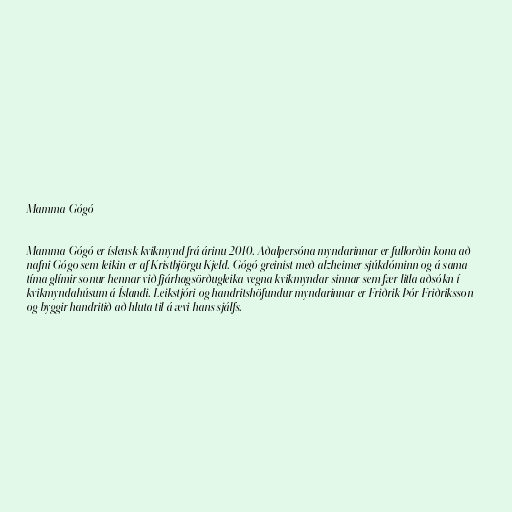
Mamma Gógó

Mamma Gógó er íslensk kvikmynd frá árinu 2010. Aðalpersóna myndarinnar er fullorðin kona að
nafni Gógo sem leikin er af Kristbjörgu Kjeld. Gógó greinist með alzheimer sjúkdóminn og á sama
tíma glímir sonur hennar við fjárhagsörðugleika vegna kvikmyndar sinnar sem fær litla aðsókn í
kvikmyndahúsum á Íslandi. Leikstjóri og handritshöfundur myndarinnar er Friðrik Þór Friðriksson
og byggir handritið að hluta til á ævi hans sjálfs.